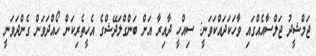
ޖަމްޝީދު ޖަލްސާއެއްގައި ވާހަކަދައްކަވަނީ: ސިއްހީ ދާއިރާ އަށް ބަންގްލަދޭޝްގެ އެހީތެރިކަން ހޯއްދަވަން ގެންދަވަނީ